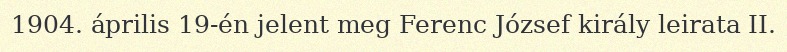
1904. április 19-én jelent meg Ferenc József király leirata II.